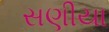
સણીયા